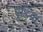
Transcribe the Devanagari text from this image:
पूडिया